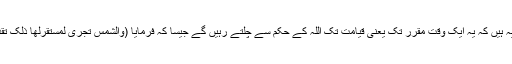
٢ اس کے ایک معنی یہ ہیں کہ یہ ایک وقت مقرر تک یعنی قیامت تک اللہ کے حکم سے چلتے رہیں گے جیسا کہ فرمایا (والشمس تجری لمستقرلھا ذلک تقدیر العزیز العلیم) یسین۔